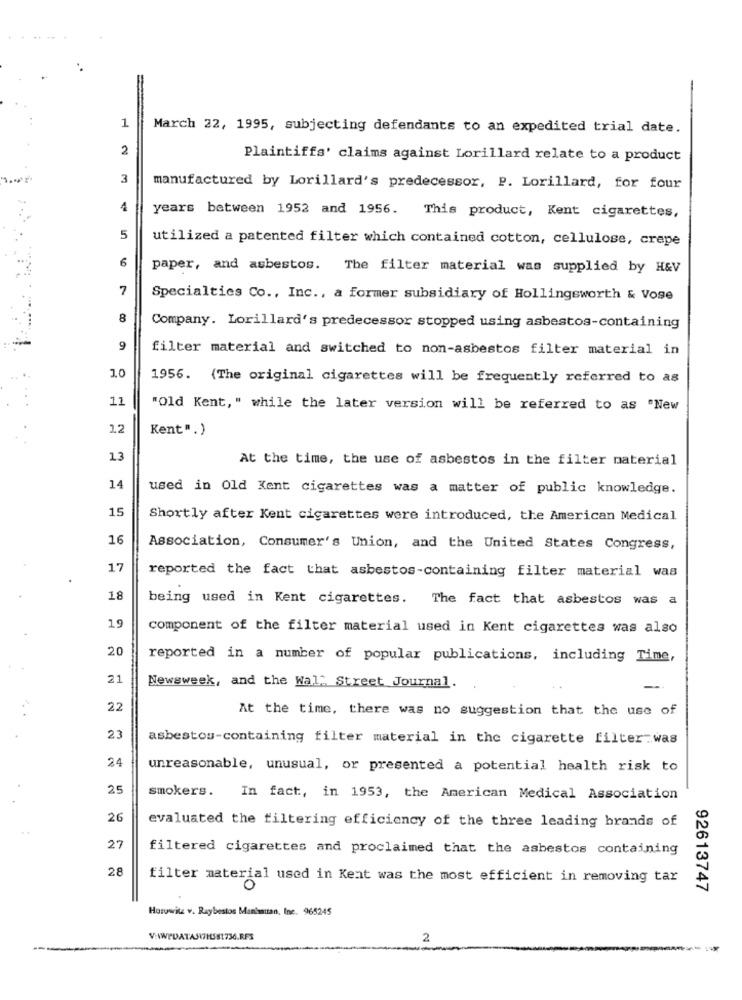
1
March 22, 1995, subjecting defendants to an expedited trial date.
2
Plaintiffs' claims against Lorillard relate to a product
3
manufactured by Lorillard's predecessor, P. Lorillard, for four
4
years between 1952 and 1956. This product, Kent cigarettes,
5
utilized a patented filter which contained cotton, cellulose, crepe
6
paper, and asbestos. The filter material was supplied by H&V
7
Specialties Co ., Inc ., a former subsidiary of Hollingsworth & Vose
8
Company. Lorillard's predecessor stopped using asbestos-containing
9
filter material and switched to non-asbestos filter material in
10
1956. (The original cigarettes will be frequently referred to as
11
"Old Kent, " while the later version will be referred to as "New
12
Kent".)
13
At the time, the use of asbestos in the filter material
14
used in Old Kent cigarettes was a matter of public knowledge.
15
Shortly after Kent cigarettes were introduced, the American Medical
16
Association, Consumer's Union, and the United States Congress,
17
reported the fact that asbestos-containing filter material was
18
being used in Kent cigarettes. The fact that asbestos was a
19
component of the filter material used in Kent cigarettes was also
20
reported in a number of popular publications, including Time,
21
Newsweek, and the Wall Street Journal.
22
At the time, there was no suggestion that the use of
23
asbestos-containing filter material in the cigarette filter was
24
unreasonable, unusual, or presented a potential health risk to
25
smokers. In fact, in 1953, the American Medical Association
26
evaluated the filtering efficiency of the three leading brands of
27
filtered cigarettes and proclaimed that the asbestos containing
28
filter material used in Kent was the most efficient in removing tar
0
92613747
Horowitz v. Raybestos Man'aitan, Inc. 965245
2